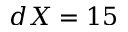
d X = 1 5